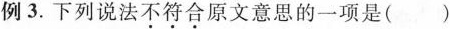
例3.下列说法\underset{·}{不}\underset{·}{符}\underset{·}{合}原文意思的一项是( )